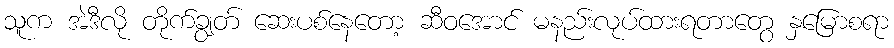
သူက အဲဒီလို တိုက်ချွတ် ဆေးပစ်နေတော့ ဆီဝအောင် မနည်းလုပ်ထားရတာတွေ နှမြောစရာ